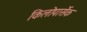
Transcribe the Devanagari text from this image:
किलोपार्सेक